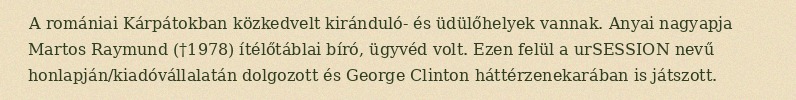
A romániai Kárpátokban közkedvelt kiránduló- és üdülőhelyek vannak. Anyai nagyapja Martos Raymund (†1978) ítélőtáblai bíró, ügyvéd volt. Ezen felül a urSESSION nevű honlapján/kiadóvállalatán dolgozott és George Clinton háttérzenekarában is játszott.